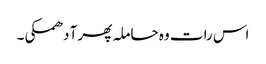
اس رات وہ حاملہ پھر آ دھمکی۔